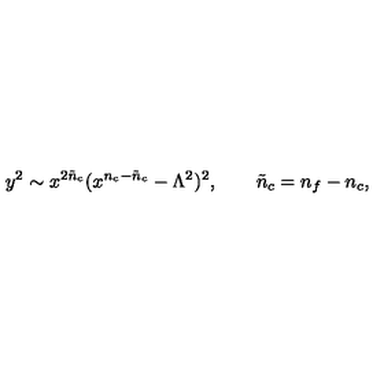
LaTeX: y ^ { 2 } \sim x ^ { 2 { \tilde { n } } _ { c } } ( x ^ { n _ { c } - { \tilde { n } } _ { c } } - \Lambda ^ { 2 } ) ^ { 2 } , \qquad { \tilde { n } } _ { c } = n _ { f } - n _ { c } ,